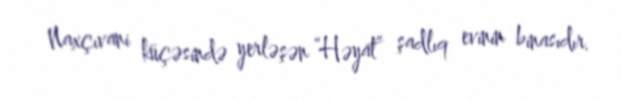
Naxçıvani küçəsində yerləşən “Həyat” şadlıq evinin binasıdır.